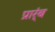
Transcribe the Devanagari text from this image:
प्रार्ंब